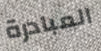
المبادرة